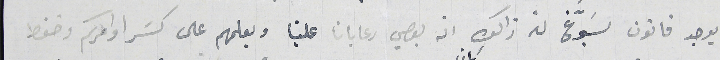
يوجد قانون يسَوَّغ له ذالك انه يعصي رعايانا علينا ويعلمهم على كسَر اوامركم وضغط